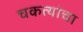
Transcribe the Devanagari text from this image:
चकत्यांचा